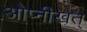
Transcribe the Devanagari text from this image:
ओप्नीखत्